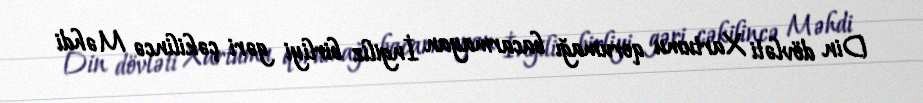
Din dövləti Xartumu qorumağı bacarmayan İngiliz birliyi gəri çəkilincə Məhdi